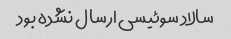
سالاد سوئیسی ارسال نشده بود